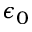
\epsilon _ { 0 }